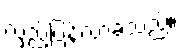
လှည့်ပြန်လာခဲ့သည်။